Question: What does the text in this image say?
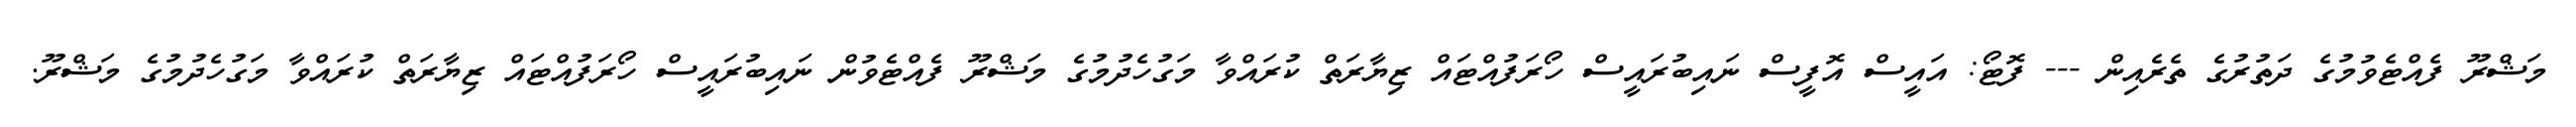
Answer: މަޝްރޫ ފެއްޓެވުމުގެ ދަތުރުގެ ތެރެއިން --- ފޮޓޯ: އައީސް އޮފީސް ނައިބުރައީސް ހޯރަފުއްޓައް ޒިޔާރަތް ކުރައްވާ މަގުހެދުމުގެ މަޝްރޫ ފެއްޓެވުން ނައިބުރައީސް ހޯރަފުއްޓައް ޒިޔާރަތް ކުރައްވާ މަގުހެދުމުގެ މަޝްރޫ.